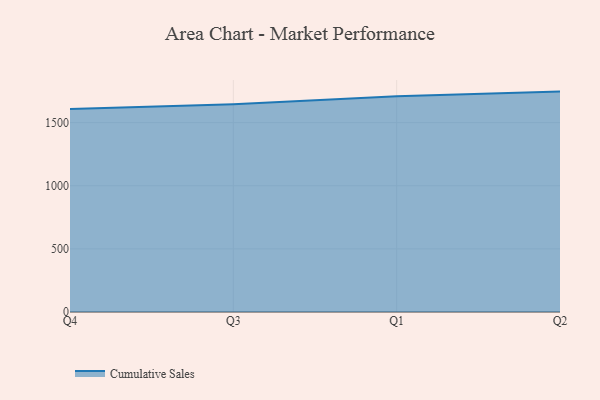
{"axis": {"x": "Quarter", "y": "Tickets Resolved"}, "legend": ["Cumulative Sales"], "data": [{"x": "Q4", "y": 1608.4, "type": "Cumulative Sales"}, {"x": "Q3", "y": 1646.5, "type": "Cumulative Sales"}, {"x": "Q1", "y": 1708.4, "type": "Cumulative Sales"}, {"x": "Q2", "y": 1745.9, "type": "Cumulative Sales"}]}